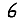
Digit: 6